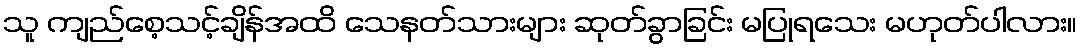
သူ ကျည်စေ့သင့်ချိန်အထိ သေနတ်သားများ ဆုတ်ခွာခြင်း မပြုရသေး မဟုတ်ပါလား။